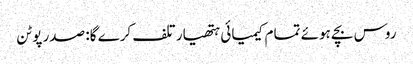
روس بچے ہوئے تمام کیمیائی ہتھیار تلف کرے گا: صدر پوٹن